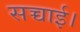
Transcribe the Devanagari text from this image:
सच्चाई।